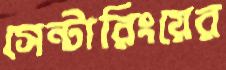
সেন্টারিংয়ের